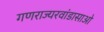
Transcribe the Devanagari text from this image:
गणराज्यरवांडासाओ